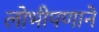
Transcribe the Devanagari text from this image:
लोभीपणाने